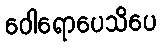
ဝေါရောပေသိပေ